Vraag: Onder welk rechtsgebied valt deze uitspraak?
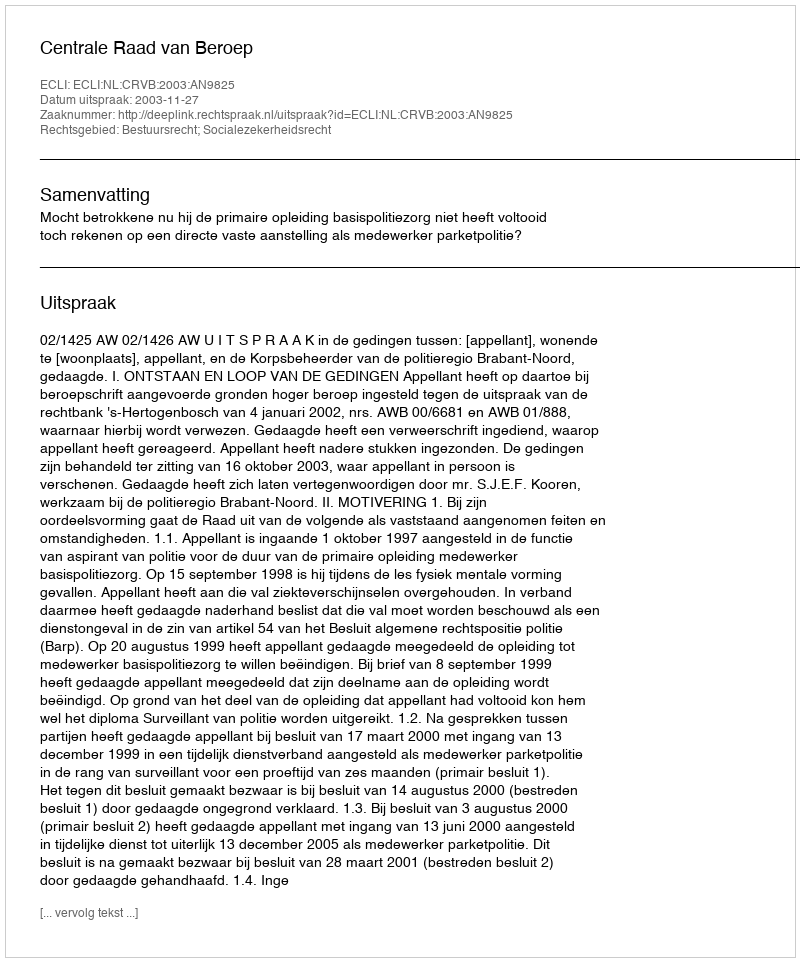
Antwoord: Bestuursrecht; Socialezekerheidsrecht